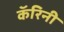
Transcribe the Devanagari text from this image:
कॅरिनी